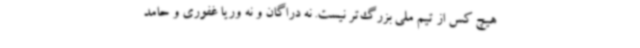
هیچ کس از تیم‌ ملی بزرگ‌تر نیست. نه دراگان و نه وریا غفوری و حامد